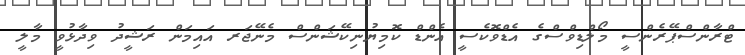
ޓްރާންސްޕޭރެންސީ މޯލްޑިވްސްގެ އެޑްވޮކެސީ އެންޑް ކޮމިޔުނިކޭޝަންސް މެނޭޖަރ އައިމަން ރަޝީދު ވިދާޅުވީ މާލީ